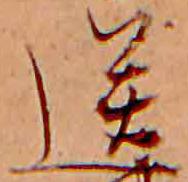
送